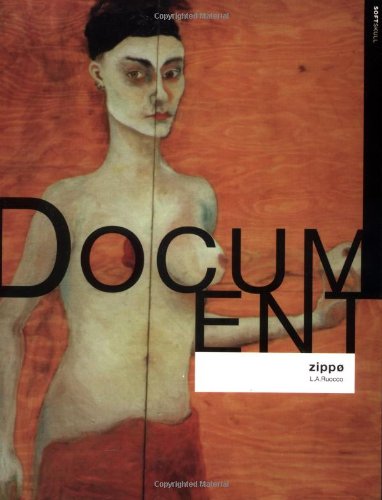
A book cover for Document Zippo; L. A. Ruocco; Romance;